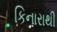
કિનારાથી